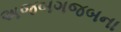
અજબગજબના